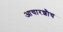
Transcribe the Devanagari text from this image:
आचारशौच